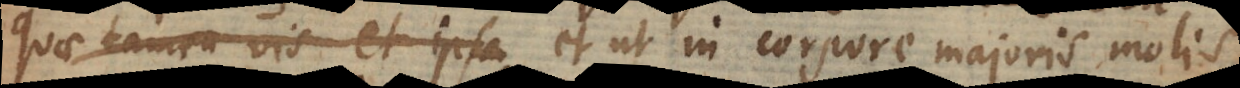
quae tamen vis et ipsa, et ut in corpore majoris molis